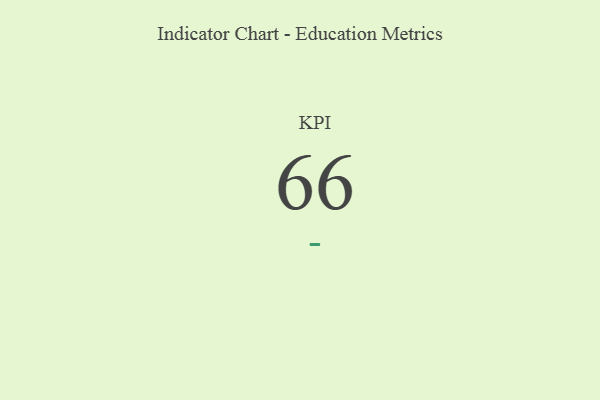
{"axis": {"x": "KPI", "y": "Value"}, "legend": [""], "data": [{"x": "KPI", "y": 66, "type": ""}]}